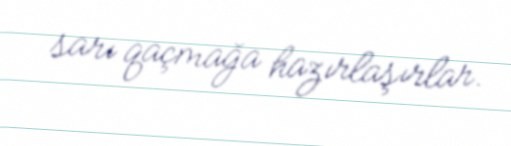
sarı qaçmağa hazırlaşırlar.